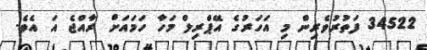
34522 ފަތުރުވެރިން މި އަހަރުގެ އޭޕްރިލް މަހާ ހަމައަށް ރާއްޖެ އަ އެވެ.